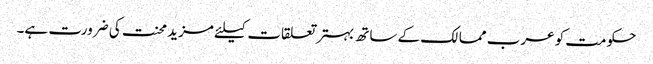
حکومت کو عرب ممالک کے ساتھ بہتر تعلقات کیلئے مزید محنت کی ضرورت ہے۔